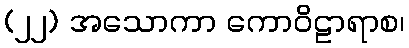
(၂၂) အသောကာ ကောဝိဠာရာစ၊